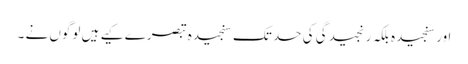
اور سنجیدہ بلکہ رنجیدگی کی حد تک سنجیدہ تبصرے کیے ہیں لوگوں نے ۔